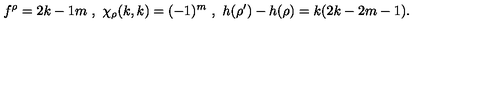
f ^ { \rho } = { \binom { 2 k - 1 } { m } } \ , \ \chi _ { \rho } ( k , k ) = ( - 1 ) ^ { m } \ , \ h ( \rho ^ { \prime } ) - h ( \rho ) = k ( 2 k - 2 m - 1 ) .